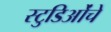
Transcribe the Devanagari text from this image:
स्टुडिओंचे